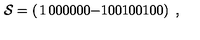
{ \cal S } = \left( \begin{matrix} { 1 } & { 0 } & { 0 } & { 0 } \\ { 0 } & { 0 } & { 0 } & { - 1 } \\ { 0 } & { 0 } & { 1 } & { 0 } \\ { 0 } & { 1 } & { 0 } & { 0 } \\ \end{matrix} \right) \ ,